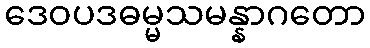
ဒေဝပဒဓမ္မသမန္နာဂတော